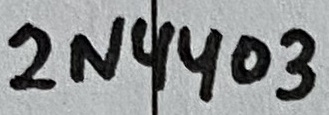
Text: 2N4403